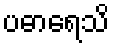
ပဓာရေသိ